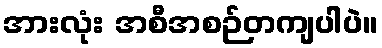
အားလုံး အစီအစဉ်တကျပါပဲ။